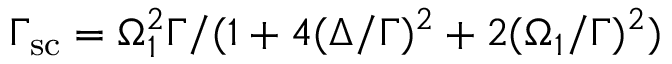
\Gamma _ { \mathrm { s c } } = \Omega _ { 1 } ^ { 2 } \Gamma / ( 1 + 4 ( \Delta / \Gamma ) ^ { 2 } + 2 ( \Omega _ { 1 } / \Gamma ) ^ { 2 } )